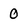
Character: 0